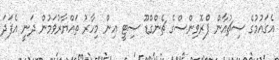
އެގައުމުގެ ސިޗުއާން ޕްރޮވިންސްގެ ޗެންގްޑޫ ސިޓީ އިން މިހާރު ތައްޔާރުވަމުން ދަނީ އެފަދަ